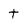
Character: t